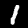
Label: 1